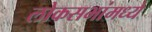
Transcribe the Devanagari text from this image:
लोकसभांमध्ये